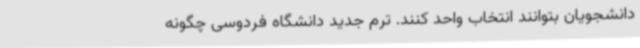
دانشجویان بتوانند انتخاب واحد کنند. ترم جدید دانشگاه فردوسی چگونه